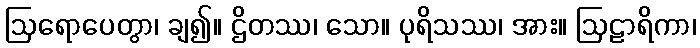
ဩရောပေတွာ၊ ချ၍။ ဌိတဿ၊ သော။ ပုရိသဿ၊ အား။ ဩဠာရိကာ၊